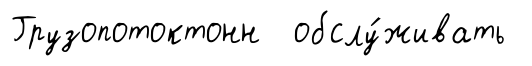
Грузопотоктонн обслу́живать